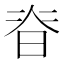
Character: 𭦃